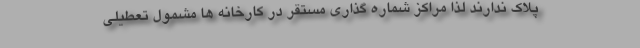
پلاک ندارند لذا مراکز شماره گذاری مستقر در کارخانه ها مشمول تعطیلی